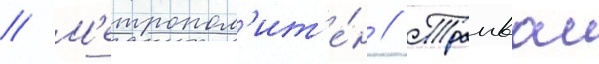
// М'етропол'ит'е́н // Трамваи